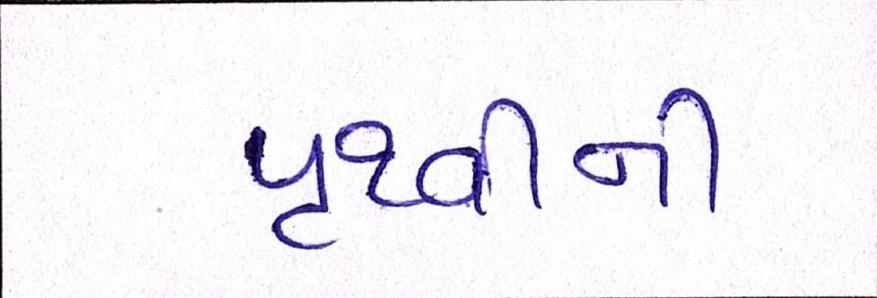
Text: પૃથ્વીની